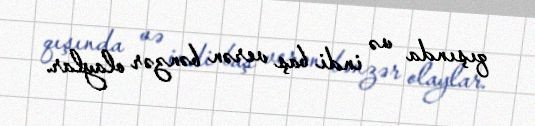
qışında və indi baş verən bənzər olaylar.